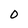
Character: 0